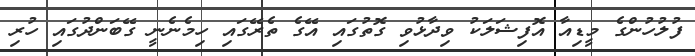
ފުލުހުންގެ މީޑިއާ އޮފިޝަލަކު ވިދާޅުވި ގޮތުގައި އޭގެ ތެރޭގައި ހިމެނެނީ ގޭބަންދުގައި ހުރި